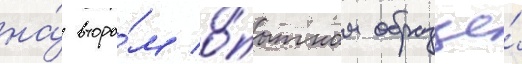
на́ второ́м о́пытном образце́